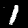
Digit: 1